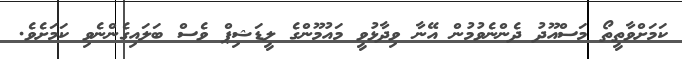
ކަމަށްވާތީތޯ މަސްއޫދު ދެންނެވުމުން އޭނާ ވިދާޅުވީ މައުމޫންގެ ލީޑަޝިޕް ވެސް ބަލައިގެންނެވި ކަމަށެވެ.